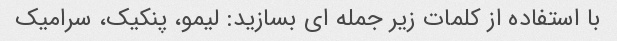
با استفاده از کلمات زیر جمله ای بسازید: لیمو، پنکیک، سرامیک